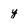
Character: y